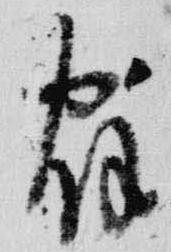
宿